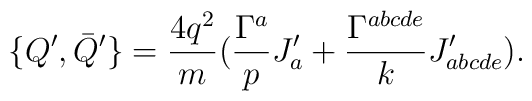
\{ Q^{\prime}, \bar{Q}^{\prime} \} =\frac{4q^2}{m}(\frac{\Gamma^a}{p}J^{\prime}_a+ \frac{\Gamma^{abcde}}{k}J^{\prime}_{abcde}).